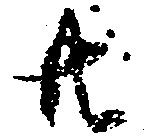
共